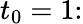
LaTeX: t_{0}=1\colon